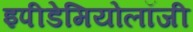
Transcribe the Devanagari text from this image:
इपीडेमियोलॉजी